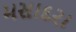
મસાદરા